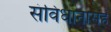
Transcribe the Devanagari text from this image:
संविधानासह